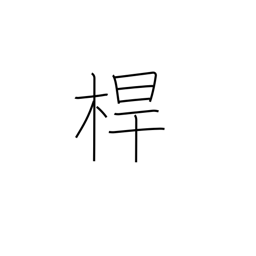
Meaning: pole